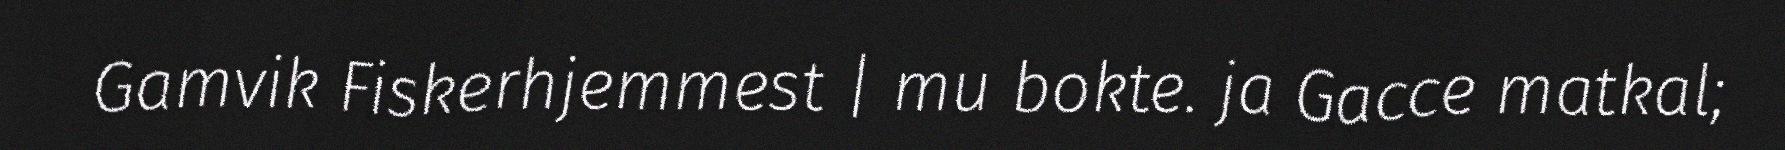
Gamvik Fiskerhjemmest | mu bokte. ja Gacce matkal;